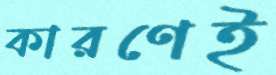
কারণেই